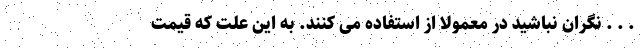
. . . نگران نباشید در معمولا از استفاده می کنند. به این علت که قیمت